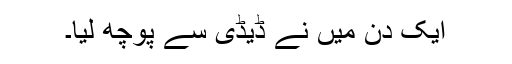
ایک دن میں نے ڈیڈی سے پوچھ لیا۔